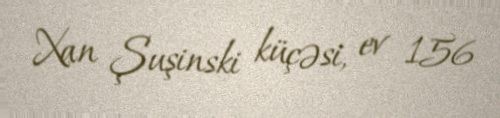
Xan Şuşinski küçəsi, ev 156